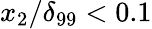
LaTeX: x_{2}/\delta_{99}<0.1